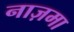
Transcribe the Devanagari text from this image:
नाज़मा